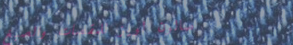
صالون لويز للمقصات والصبغ